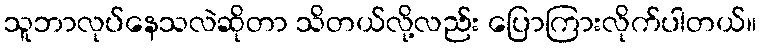
သူဘာလုပ်နေသလဲဆိုတာ သိတယ်လို့လည်း ပြောကြားလိုက်ပါတယ်။